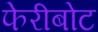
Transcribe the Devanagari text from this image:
फेरीबोट